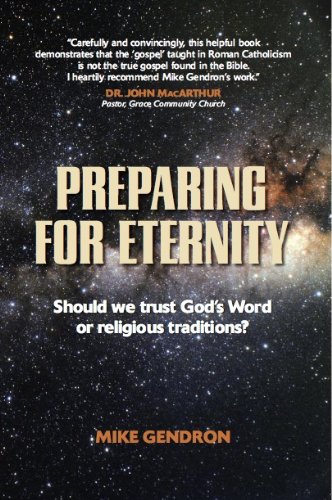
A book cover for Preparing for Eternity; Mike Gendron; Christian Books & Bibles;